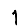
Digit: 1